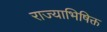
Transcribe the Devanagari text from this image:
राज्याभिषिक्त